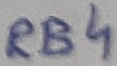
Text: RB4